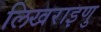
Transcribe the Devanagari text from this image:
लिखराइणु